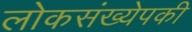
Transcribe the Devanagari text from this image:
लोकसंख्येपकी